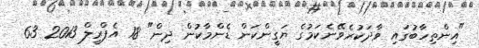
"އިންތިހާބުގައި ވާދަކުރެވޭނެކަމުގެ ޔަގީންކަން ޑެންމާކުން ދިން" 18 އެޕްރީލް 2013 63